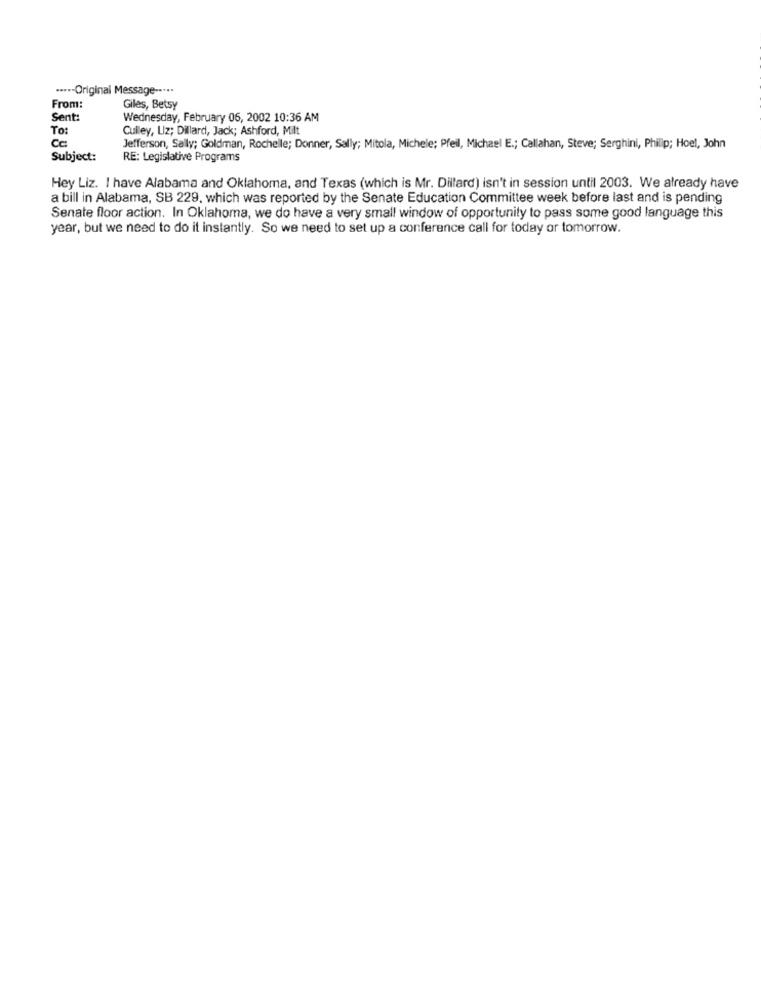
·***- Original Message --...
From:
Giles, Betsy
Sent:
Wednesday, February 06, 2002 10:36 AM
To:
Culley, Liz; Dillard, Jack; Ashford, Milt
Cc
Jefferson, Sally; Goldman, Rochelle; Donner, Sally; Mitola, Michele; Pfeil, Michael E .; Callahan, Steve; Serghini, Philip; Hoel, John
Subject:
RE: Legislative Programs
Hey Liz. I have Alabama and Oklahoma, and Texas (which is Mr. Dillard) isn't in session until 2003. We already have
a bill in Alabama, SB 229, which was reported by the Senate Education Committee week before last and is pending
Senate floor action. In Oklahoma, we do have a very small window of opportunity to pass some good language this
year, but we need to do it instantly. So we need to set up a conference call for today or tomorrow.